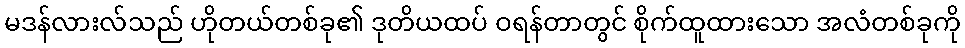
မဒန်လားလ်သည် ဟိုတယ်တစ်ခု၏ ဒုတိယထပ် ဝရန်တာတွင် စိုက်ထူထားသော အလံတစ်ခုကို